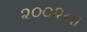
૨૦૦૨ના